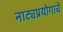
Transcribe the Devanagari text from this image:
नाट्यप्रयोगाचे